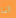
انا